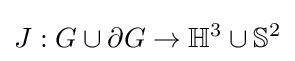
J:G\cup \partial G\to \mathbb {H} ^{3}\cup \mathbb {S} ^{2}